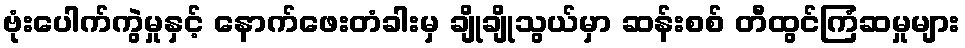
ဗုံးပေါက်ကွဲမှုနှင့် နောက်ဖေးတံခါးမှ ချိုချိုသွယ်မှာ ဆန်းစစ် တီထွင်ကြံဆမှုများ